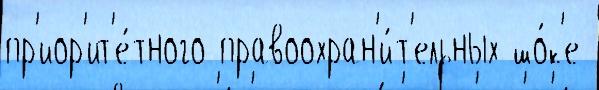
пр'иор'ит'е́тного правоохран'и́т'ельных шо́к'е